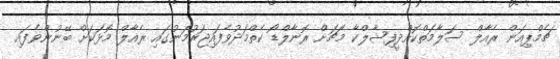
ޗެމްޕިއަން ރެއާލް ސަލާމަތްކޮށްދީފިޝާލްކާ މެޗަށް ރޮނާލްޑޯ ކެތްމަދުވެފައިޖަރުމަނުގައި ރެއާލް މޮޅަކަށް ބޭނުންވެފައި